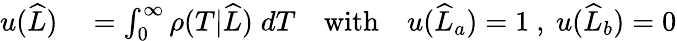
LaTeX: \begin{array}{rl}{u(\widehat{L})}&{{}=\int_{0}^{\infty}\rho(T|\widehat{L})\; dT\quad\mathrm{with}\quad u(\widehat{L}_{a})=1\ ,\ u(\widehat{L}_{b})=0}\end{array}